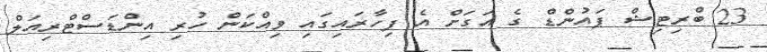
23 ބްރިޓިޝް ޕައުންޑް ގެ އަގަށް އެ ފިހާރައިގައި ވިއްކަން ހުރި އިންޑަސްޓްރިއަލް